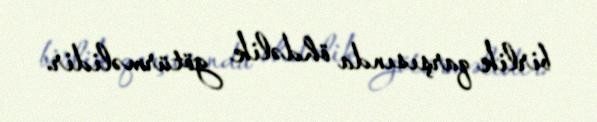
birlik qarşısında öhdəlik götürməlidir.